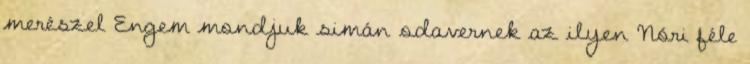
merészel Engem mondjuk simán odavernek az ilyen Nóri féle